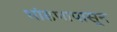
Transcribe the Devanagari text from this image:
भांडणापासून